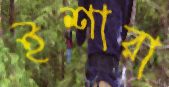
ইশারা